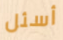
أسئل